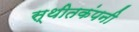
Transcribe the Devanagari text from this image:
स्थीतकंपनी